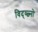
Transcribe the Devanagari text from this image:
विद्व्त्ज्नो